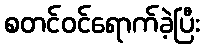
စတင်ဝင်ရောက်ခဲ့ပြီး